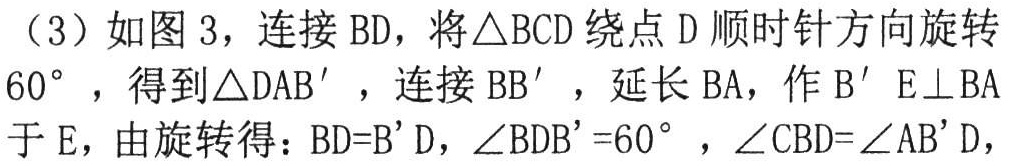
（3）如图3，连接BD，将\(\triangle BCD\)绕点D顺时针方向旋转\(60^{\circ}\)，得到\(\triangle DAB'\)，连接\(BB'\)，延长BA，作\(B'E\perp BA\)于E，由旋转得：\(BD = B'D\)，\(\angle BDB' = 60^{\circ}\)，\(\angle CBD=\angle AB'D\)，